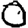
Digit: 0